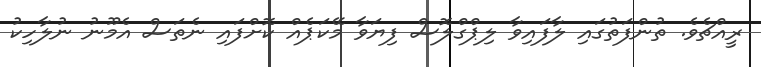
ރީއްޗެވެ. ތުންފަތުގައި ލާފައިވާ ލިޕްގްލޮސް ފިޔަވާ މޭކަޕެއް ކޮށްފައި ނެތަސް އެމޫނު ނުލާހިކު